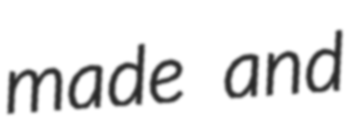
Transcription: made and